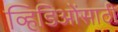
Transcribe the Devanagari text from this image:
व्हिडिओंसाठी